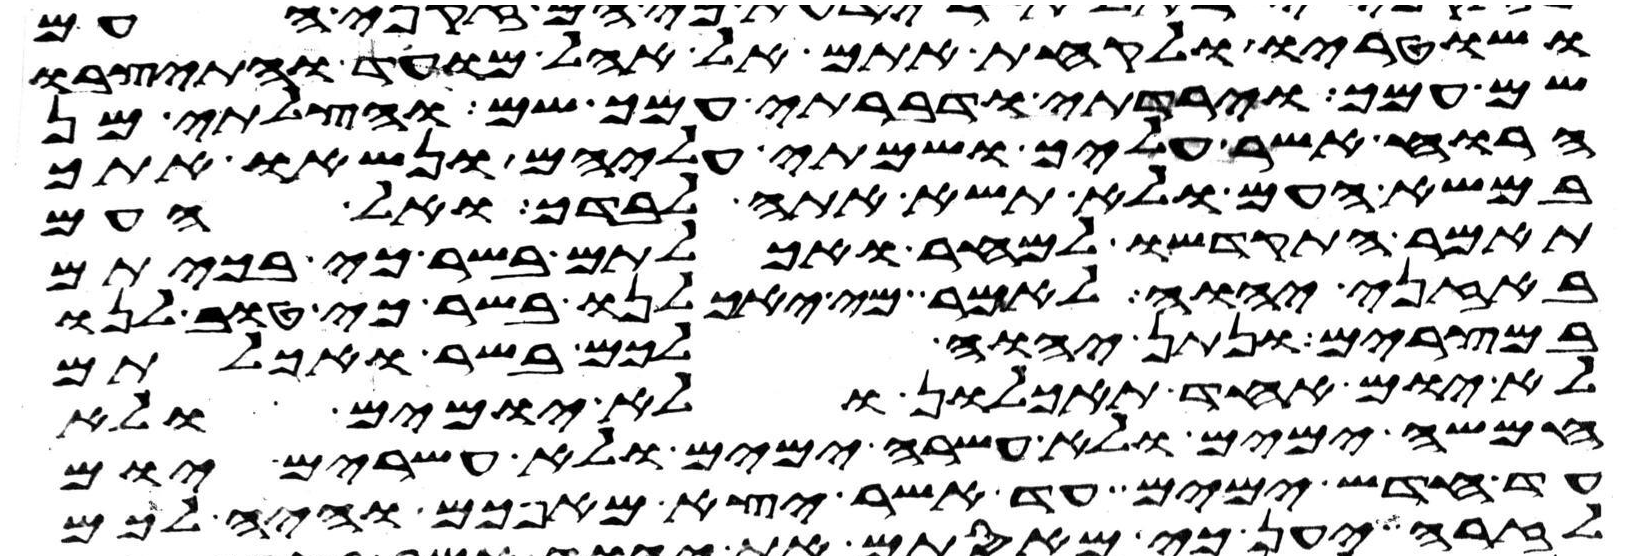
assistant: ושוטריו ולקחת אתם אל אהל מועד והתיצבו
שם עמך וירדתי ודברתי עמך שם והצלתי מן
הרוח אשר עליך ושמתי עליהם ונשאו אתך
במשא העם ולא תשא אתה לבדך ואל העם
תאמר התקדשו למחר ואכלתם בשר כי בכיתם
באזני יהוה לאמר מי יאכילנו בשר כי טוב לנו
במצרים ונתן יהוה לכם בשר ואכלתם
לא יום אחד תאכלון ולא יומים ולא
חמשה ימים ולא עשרה ימים ולא עשרים יום
עד חדש ימים עד אשר יצא מאפכם והיה לכם